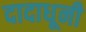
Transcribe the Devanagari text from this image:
दादाधूनी